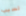
لسبب